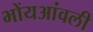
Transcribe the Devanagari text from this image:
भोंयआंवली